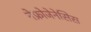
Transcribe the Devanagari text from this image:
नेफ्रोजेनेसिस